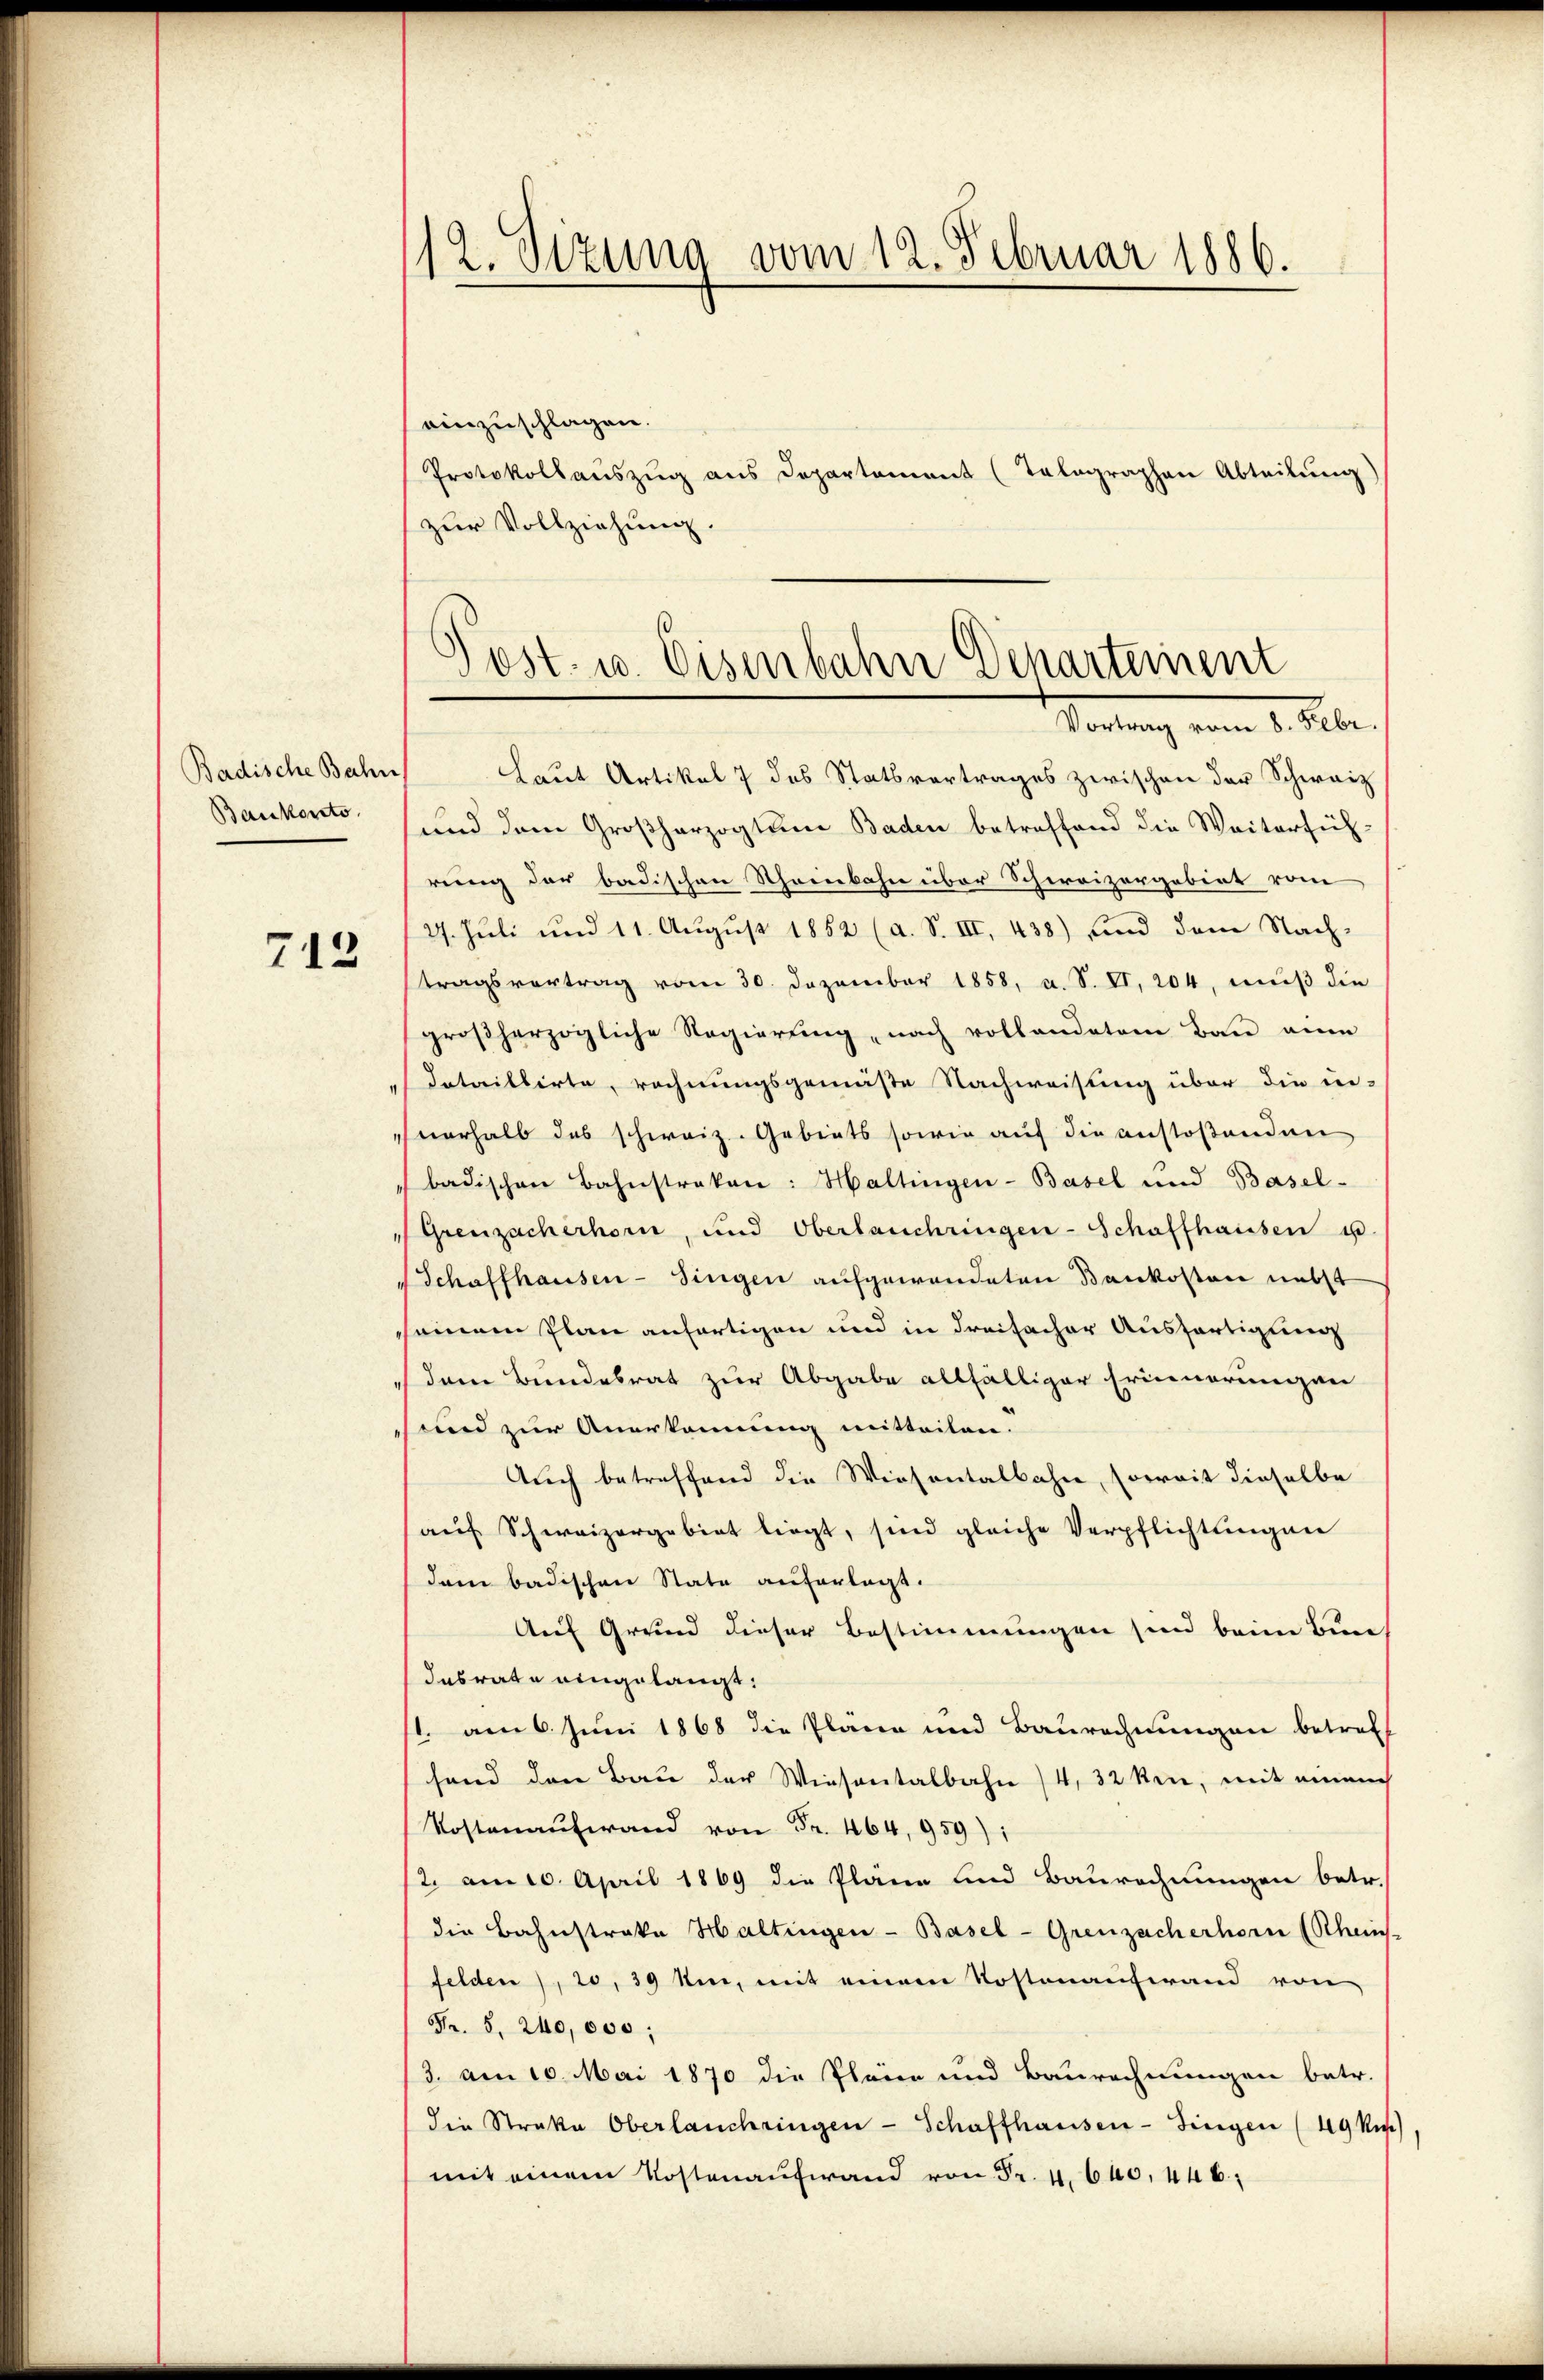
Badische Bahn
Bankonto.

713

einzuschlagen.
Protokollaŭszŭg ans Departement (Telographen Abteilung)
zur Vollziehung
Vortrag vom 8. Febr.
Laut Artikel 7 des Statsvertrages zwischen der Schweiz
sund dem Großherzogtum Baden betreffend die Weiterfüh-
rung der badischen Theinbahn über Schweizergebiet vom
27. Juli und 11. August 1862 (a. S. III, 438) und dem Nachtragsvertrag vom 30. Dezember 1858, u. S. II, 204, muß die
großherzogliche Regierŭng nach vollandatam Bau eine
Iataillirte, rechnungsgemäße Nachweisung über die in-
verhalb das schweiz. Gebiets sowie auf die anstoßenden
badischen Bahnstraken: Haltingen-Basel und Basel-
Greuzacherhorn, und Oberlanchringen-Schaffhausen u.
Schaffhausen-Singen aufgewandeten Baukosten nebst
sseinem Plan anfertigen und in dreifacher Ausfertigung
dem Bundesrat zur Abgabe allfälliger Erinnerungen
und zur Anerkennung mitteilen.
Auch betreffend die Wiesentalbahn, soweit dieselbe
aŭf Schweizergebiet liegt, sind gleiche Verpflichtungen
dam badischen State auferlegt.
Auf Grund dieser Bestimmungen sind beim Bundasrate eingelangt:
1. am 6. Juni 1868 die Pläne und Baurechnungen betreff
fand den Bau der Wiesentalbahn /4, 32 ken, mit einem
Kostenaufwand von Fr. 464, 959):
12. am 10. April 1869 die Pläne und Baurechnungen betr.
die Bahnstrake Haltingen - Basel-Greuzacherhorn (Rheins-
felden), 20, 39 ten, mit einem Kostenaufwand von
Fr. S. 240,000;
/3. am 10. Mai 1870 die Pläne und Baurechnungen betr.
die Straka Oberlanchringen - Schaffhausen-Singen (49 Rp.)
mit einem Kostenaufwand von Fr. 4. 640. 446,

12. Sizung vom 12. Februar 1886.

Gost- u. Eisenbahn Departement